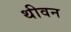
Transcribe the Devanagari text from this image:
थीवन